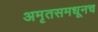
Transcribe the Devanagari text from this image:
अमृतसमधूनच